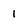
Character: 1